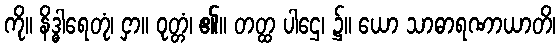
ကို။ နိဒ္ဓါရေတုံ၊ ငှာ။ ဝုတ္တံ၊ ၏။ တတ္ထ ပါဌေ၊ ၌။ ယော သာဓာရဏာယာတိ၊